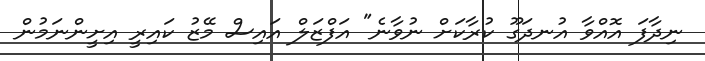
ނިދާފަ އޮއްވާ އުނދަގޫ ކުރާކަށް ނުވާނެ" އަފްޒަލް އައިސް މޭޒު ކައިރީ އިށީންނަމުން